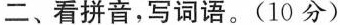
二、看拼音，写词语。(10分)